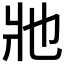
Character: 𤕮